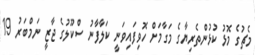
މެޗުގެ މޮޅު ކުޅުންތެރިޔާގެ މަގާމަށް ހޮވިފައިވަނީ ކަލާފާނު ސްކޫލުގެ ޖާޒީ ނަމްބަރު 19